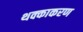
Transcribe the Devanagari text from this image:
थक्काकरण